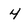
Character: 4